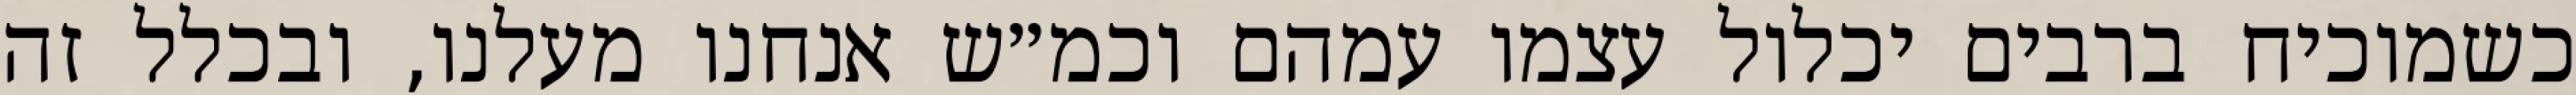
כשמוכיח ברבים יכלול עצמו עמהם וכמ״ש אנחנו מעלנו, ובכלל זה